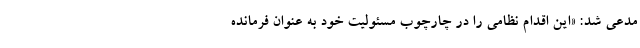
مدعی شد: «این اقدام نظامی را در چارچوب مسئولیت خود به عنوان فرمانده